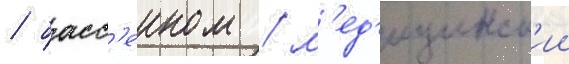
/ басс'еином / м'ед'ицинск'ии